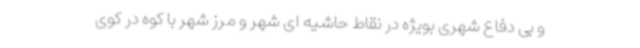
و بی دفاع شهری بویژه در نقاط حاشیه ای شهر و مرز شهر با کوه در کوی